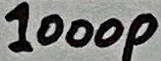
Text: 1000p